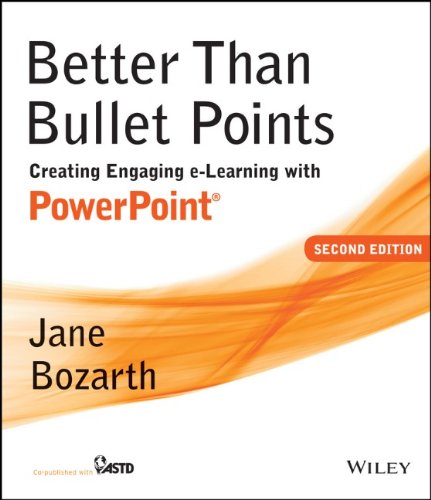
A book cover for Better Than Bullet Points: Creating Engaging e-Learning with PowerPoint; Jane Bozarth; Computers & Technology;